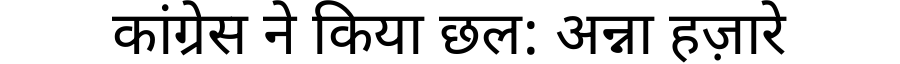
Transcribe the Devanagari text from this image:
कांग्रेस ने किया छल: अन्ना हज़ारे